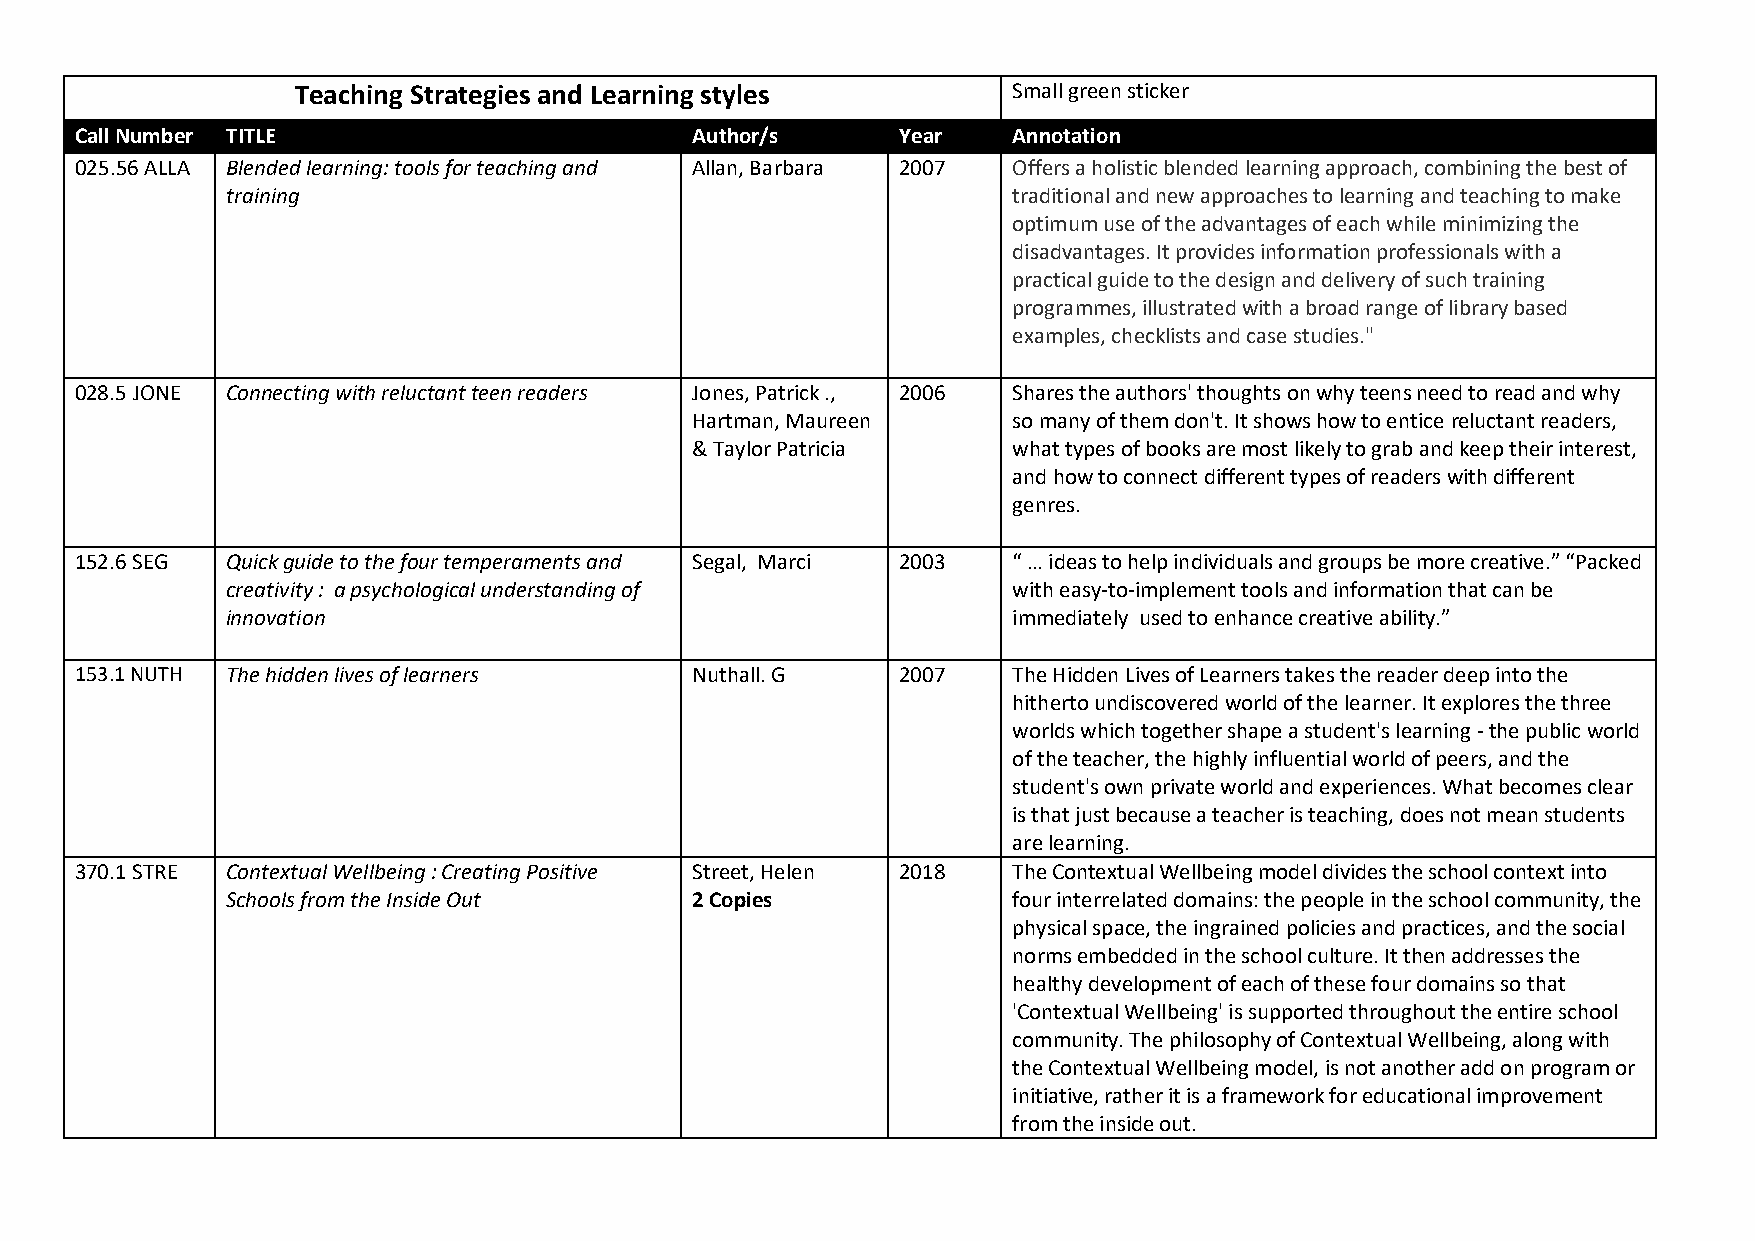
Teaching Strategies and Learning styles        Small green sticker
 Call Number TITLE                        Author/s     Year    Annotation
 025.56 ALLA Blended learning: tools for teaching and Allan, Barbara 2007 Offers a holistic blended learning approach, combining the best of
 training                                            traditional and new approaches to learning and teaching to make
 optimum use of the advantages of each while minimizing the
 disadvantages. It provides information professionals with a
 practical guide to the design and delivery of such training
 programmes, illustrated with a broad range of library based
 examples, checklists and case studies."
 028.5 JONE Connecting with reluctant teen readers Jones, Patrick ., 2006 Shares the authors' thoughts on why teens need to read and why
 Hartman, Maureen     so many of them don't. It shows how to entice reluctant readers,
 & Taylor Patricia    what types of books are most likely to grab and keep their interest,
 and how to connect different types of readers with different
 genres.
 152.6 SEG Quick guide to the four temperaments and Segal, Marci 2003 “ … ideas to help individuals and groups be more creative.” “Packed
 creativity : a psychological understanding of       with easy-to-implement tools and information that can be
 innovation                                          immediately used to enhance creative ability.”
 153.1 NUTH The hidden lives of learners  Nuthall. G   2007    The Hidden Lives of Learners takes the reader deep into the
 hitherto undiscovered world of the learner. It explores the three
 worlds which together shape a student's learning - the public world
 of the teacher, the highly influential world of peers, and the
 student's own private world and experiences. What becomes clear
 is that just because a teacher is teaching, does not mean students
 are learning.
 370.1 STRE Contextual Wellbeing : Creating Positive Street, Helen 2018 The Contextual Wellbeing model divides the school context into
 Schools from the Inside Out    2 Copies             four interrelated domains: the people in the school community, the
 physical space, the ingrained policies and practices, and the social
 norms embedded in the school culture. It then addresses the
 healthy development of each of these four domains so that
 'Contextual Wellbeing' is supported throughout the entire school
 community. The philosophy of Contextual Wellbeing, along with
 the Contextual Wellbeing model, is not another add on program or
 initiative, rather it is a framework for educational improvement
 from the inside out.